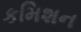
કમિશન